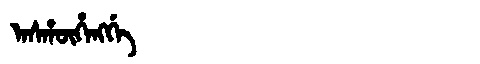
Manchu: ᠠᠰᡥᡡᡥᠠᠩᡤᡝ
Romanization: ASHŪHANGGE